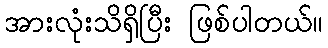
အားလုံးသိရှိပြီး ဖြစ်ပါတယ်။